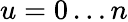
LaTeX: u=0\ldots n